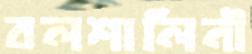
বলশালিনী